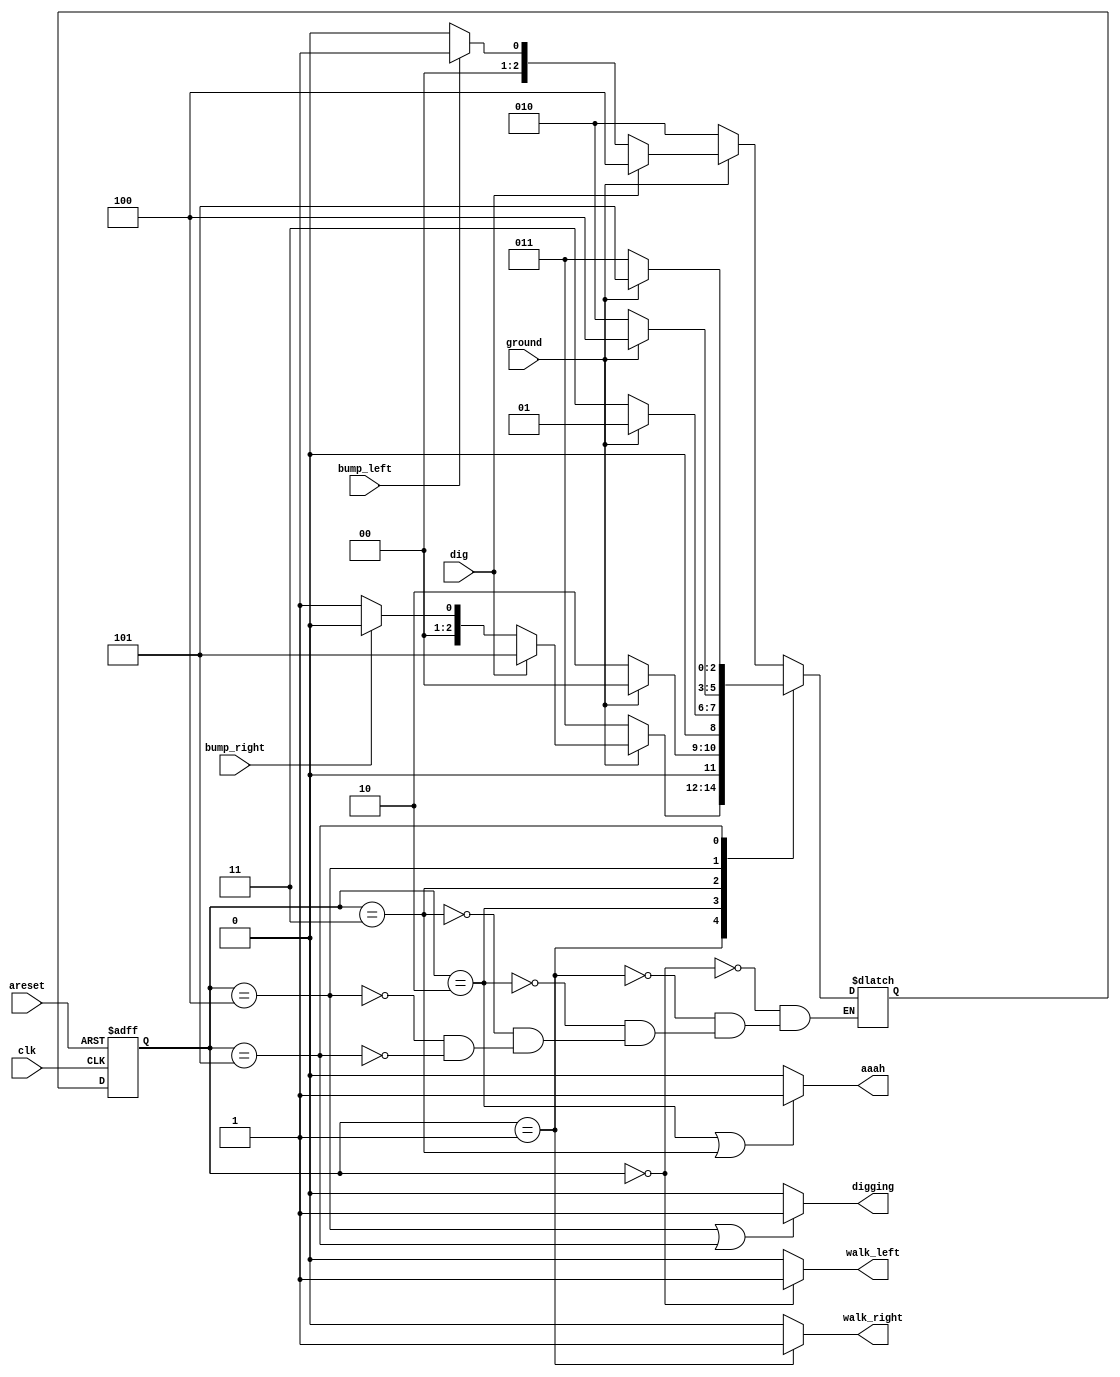
`timescale 1ns / 1ps
//////////////////////////////////////////////////////////////////////////////////
// Company: 
// Engineer: 
// 
// Design Name: 
// Module Name: lemmings_digging
// Project Name: 
// Target Devices: 
// Tool Versions: 
// Description: 
// 
// Dependencies: 
// 
// Revision:
// Revision 0.01 - File Created
// Additional Comments:
// 
//////////////////////////////////////////////////////////////////////////////////


module lemmings_digging(
 input clk,
    input areset,    // Freshly brainwashed Lemmings walk left.
    input bump_left,
    input bump_right,
    input ground,
    input dig,
    output walk_left,
    output walk_right,
    output aaah,
    output digging

    );
       parameter L=0,R=1,F_L=2,F_R=3,D_L=4,D_R=5;
    reg [2:0] state,next_state;
    always@(*)
        begin
        case(state)
            L:begin
                if(~ground) next_state=F_L;
                else if(dig) next_state=D_L;
                else if(bump_left) next_state=R;
                else next_state=L;
            end
            R: begin
                if(~ground) next_state=F_R;
                else if(dig) next_state=D_R;
                else if(bump_right) next_state=L;
                else next_state=R;
            end
            F_L: next_state=(ground)?L:F_L;
            F_R: next_state=(ground)?R:F_R;
            D_L: begin
                if(~ground) next_state=F_L;
                else next_state=D_L;
            end
            D_R:begin 
                if(~ground) next_state=F_R;
                else next_state=D_R;
            end
        endcase
    end
    always@(posedge clk,posedge areset)
        begin
        if(areset) state<=L;
        else state<=next_state;
        end
    assign walk_left=(state==L)?1'b1:1'b0;
    assign walk_right=(state==R)?1'b1:1'b0;
    assign digging=((state==D_L)|(state==D_R))?1'b1:1'b0;
    assign aaah=((state==F_L)|(state==F_R))?1'b1:1'b0;
endmodule